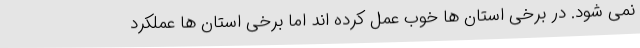
نمی شود. در برخی استان ها خوب عمل کرده اند اما برخی استان ها عملکرد